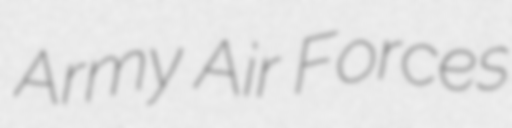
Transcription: Army Air Forces